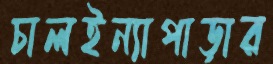
চালইন্যাপাড়ার